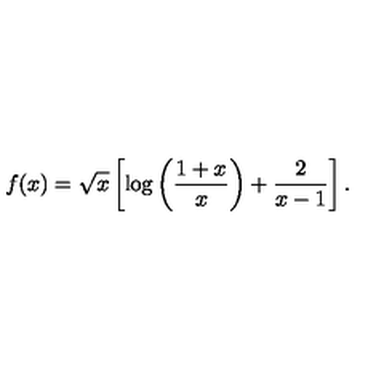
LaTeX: f ( x ) = \sqrt { x } \left[ \log \left( \frac { 1 + x } { x } \right) + { \frac { 2 } { x - 1 } } \right] .